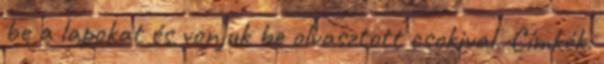
be a lapokat és vonjuk be olvasztott csokival. Címkék: